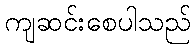
ကျဆင်းစေပါသည်